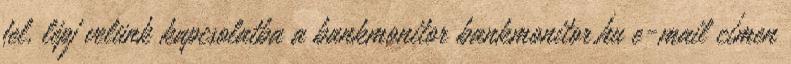
fel, lépj velünk kapcsolatba a bankmonitor bankmonitor.hu e-mail címen